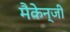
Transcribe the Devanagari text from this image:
मैकेन्जी